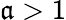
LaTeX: \mathfrak{a}>1